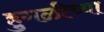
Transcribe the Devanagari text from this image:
हुगळीच्या